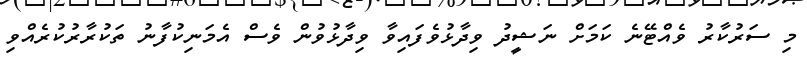
މި ސަރުކާރު ވެއްޓޭނެ ކަމަށް ނަޝީދު ވިދާޅުވެފައިވާ ވިދާޅުވުން ވެސް އެމަނިކުފާނު ތަކުރާރުކުރެއްވި